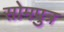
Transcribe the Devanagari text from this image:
सोमपुत्र